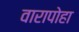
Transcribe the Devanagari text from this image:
वारापोहा